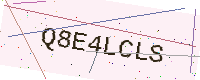
Text: Q8E4LCLS